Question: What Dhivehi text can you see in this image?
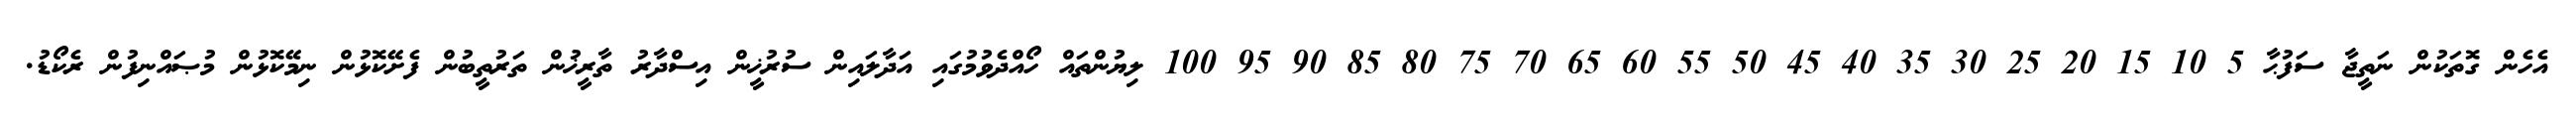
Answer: އެހެން ގޮތަކުން ނަތީޖާ ސަފުޙާ 5 10 15 20 25 30 35 40 45 50 55 60 65 70 75 80 85 90 95 100 ލިޔުންތައް ހޯއްދެވުމުގައި އަދާލައިން ސުރުޚީން އިސްދާރު ތާރީޚުން ތަރުތީބުން ފެށޭކޮޅުން ނިމޭކޮޅުން މުޞައްނިފުން ރެކޯޑު.